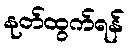
နုတ်ထွက်ရန်